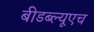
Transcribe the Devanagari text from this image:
बीडब्ल्यूएच